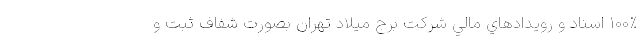
100% اسناد و رويدادهاي مالي شركت برج ميلاد تهران بصورت شفاف ثبت و